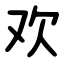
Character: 欢